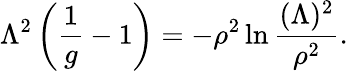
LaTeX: \Lambda^{2}\left(\frac{1}{g}-1\right)=-\rho^{2}\ln\frac{(\Lambda)^{2}}{\rho^{2}}.